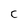
Character: C